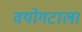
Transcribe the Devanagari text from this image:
वयोगटाला